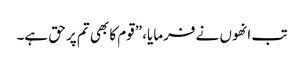
تب انھوں نے فرمایا، ”قوم کا بھی تم پر حق ہے۔